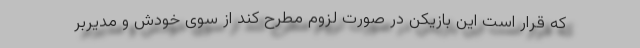
که قرار است این بازیکن در صورت لزوم مطرح کند از سوی خودش و مدیربر